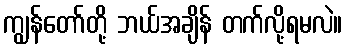
ကျွန်တော်တို့ ဘယ်အချိန် တက်လို့ရမလဲ။